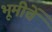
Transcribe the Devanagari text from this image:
भूमीचें